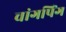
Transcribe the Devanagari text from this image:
चांगपिंग